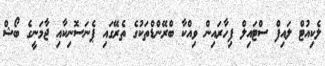
ލެކިއުޓް ލައިފް ސްޓައިލް ފިހާރައިން ވިއްކާ ބްރޭންޑްތަކުގެ ތެރޭގައި ޕެނަސޮނިކާއި ޖާމަނީގެ ބޯޝް